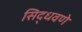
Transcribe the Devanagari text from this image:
सिद्धवणे